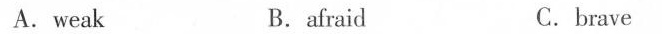
A. weak B.afraid C.brave